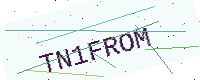
Text: TN1FROM